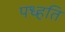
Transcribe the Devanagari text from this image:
पध्हति